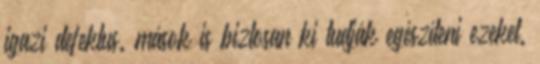
igazi defektus. mások is biztosan ki tudják egészíteni ezeket.